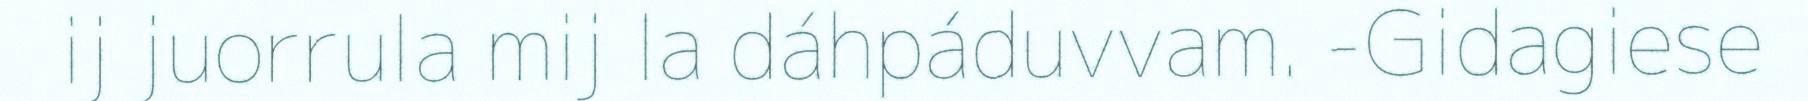
ij juorrula mij la dáhpáduvvam. -Gidagiese